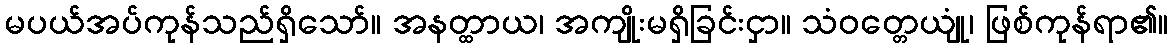
မပယ်အပ်ကုန်သည်ရှိသော်။ အနတ္ထာယ၊ အကျိုးမရှိခြင်းငှာ။ သံဝတ္တေယျုံ၊ ဖြစ်ကုန်ရာ၏။